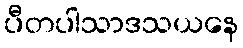
ပီတပါသာဒသယနေ